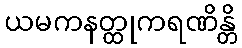
ယမကနတ္ထုကရဏိန္တိ